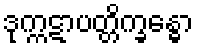
ဒုက္ကဋာပတ္တိက္ခန္ဓော